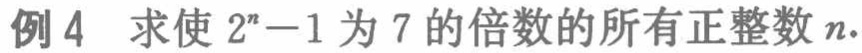
例4 求使 \(2^{n}-1\) 为 7 的倍数的所有正整数 \(n\).